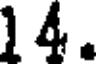
14.